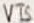
Text: VT5